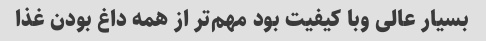
بسیار عالی وبا کیفیت بود مهم‌تر از همه داغ بودن غذا